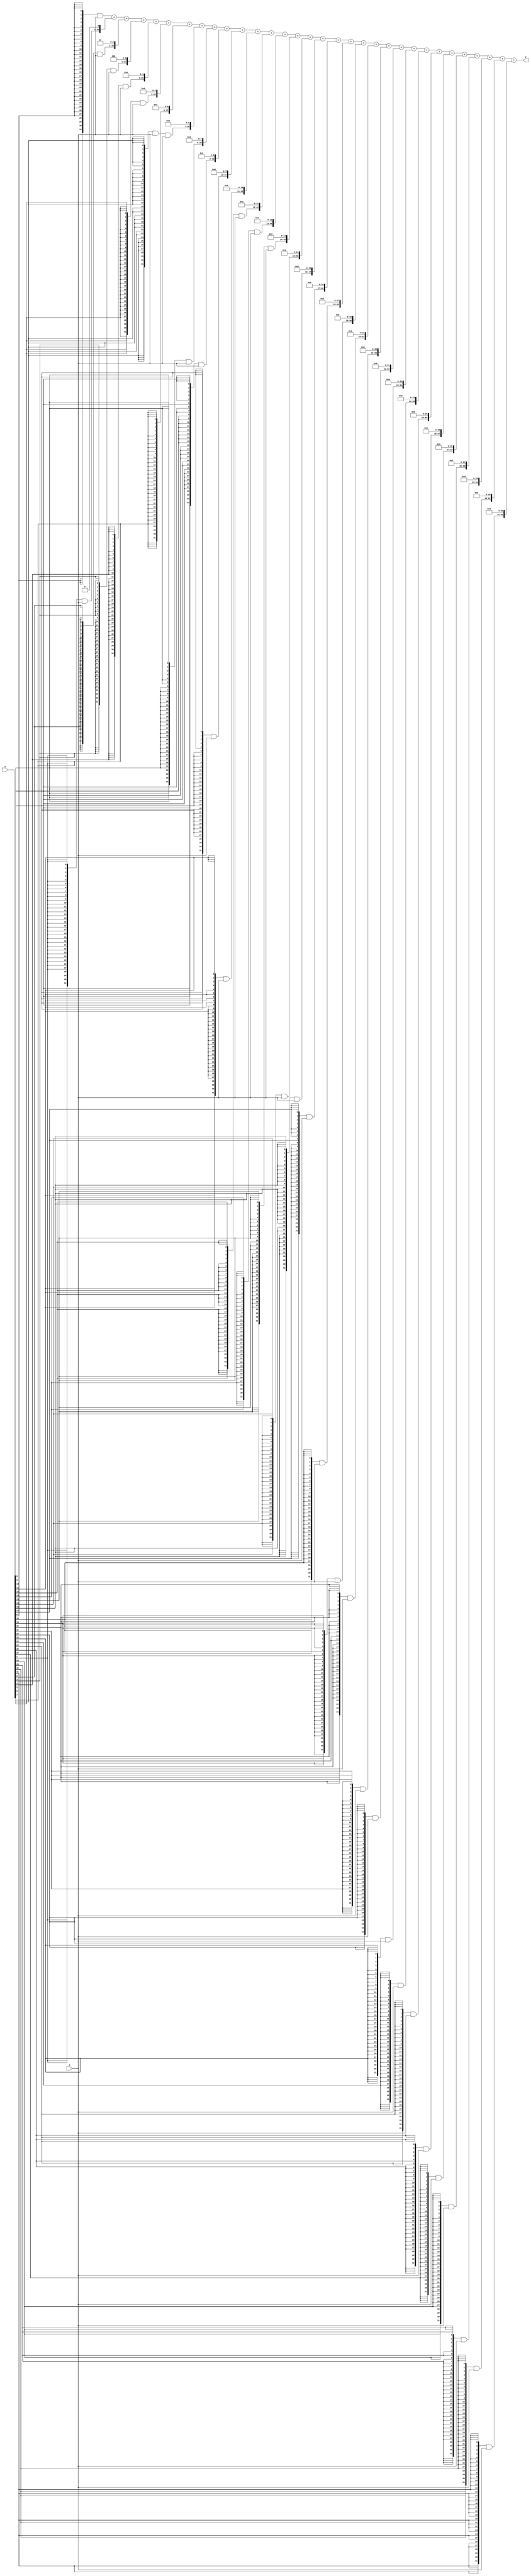
`timescale 1ns / 1ps
//////////////////////////////////////////////////////////////////////////////////
// Company: 
// Engineer: 
// 
// Design Name: 
// Module Name: mul32bit
// Project Name: 
// Target Devices: 
// Tool Versions: 
// Description: 
// 
// Dependencies: 
// 
// Revision:
// Revision 0.01 - File Created
// Additional Comments:
// 
//////////////////////////////////////////////////////////////////////////////////


module mul32bit(a, b, p);

input [31:0] a, b;
output [63:0] p;

wire [63:0] m [31:0];
wire [63:0] s [31:0];

genvar i;
generate
    for(i = 0; i < 32; i = i+1) begin: MULTIPLIER_INSTANCES
        assign m[i] = ({32{a[i]}} & b);
    end
    
    for(i = 0; i < 32; i = i+1) begin: ADDER_INSTANCES
        if (i == 0)
            assign s[i] = m[i];
        else
            assign s[i] = s[i - 1] + (m[i] << i);
    end
endgenerate

assign p = s[31];

endmodule